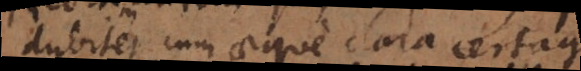
dubitet cum aeque clara certaque